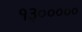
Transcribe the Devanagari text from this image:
१३०००००